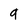
Character: 9